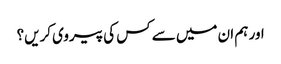
اور ہم ان میں سے کس کی پیروی کریں؟